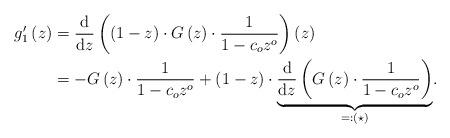
LaTeX: \begin{align*}g_{1}'\left(z\right) & =\frac{\mathrm{d}}{\mathrm{d}z}\left(\left(1-z\right)\cdot G\left(z\right)\cdot\frac{1}{1-c_{o}z^{o}}\right)\left(z\right)\\ & =-G\left(z\right)\cdot\frac{1}{1-c_{o}z^{o}}+\left(1-z\right)\cdot\underset{\eqqcolon\left(\star\right)}{\underbrace{\frac{\mathrm{d}}{\mathrm{d}z}\left(G\left(z\right)\cdot\frac{1}{1-c_{o}z^{o}}\right)}}.\end{align*}